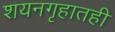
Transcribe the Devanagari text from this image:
शयनगृहातही